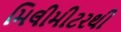
મિલીમીટરથી